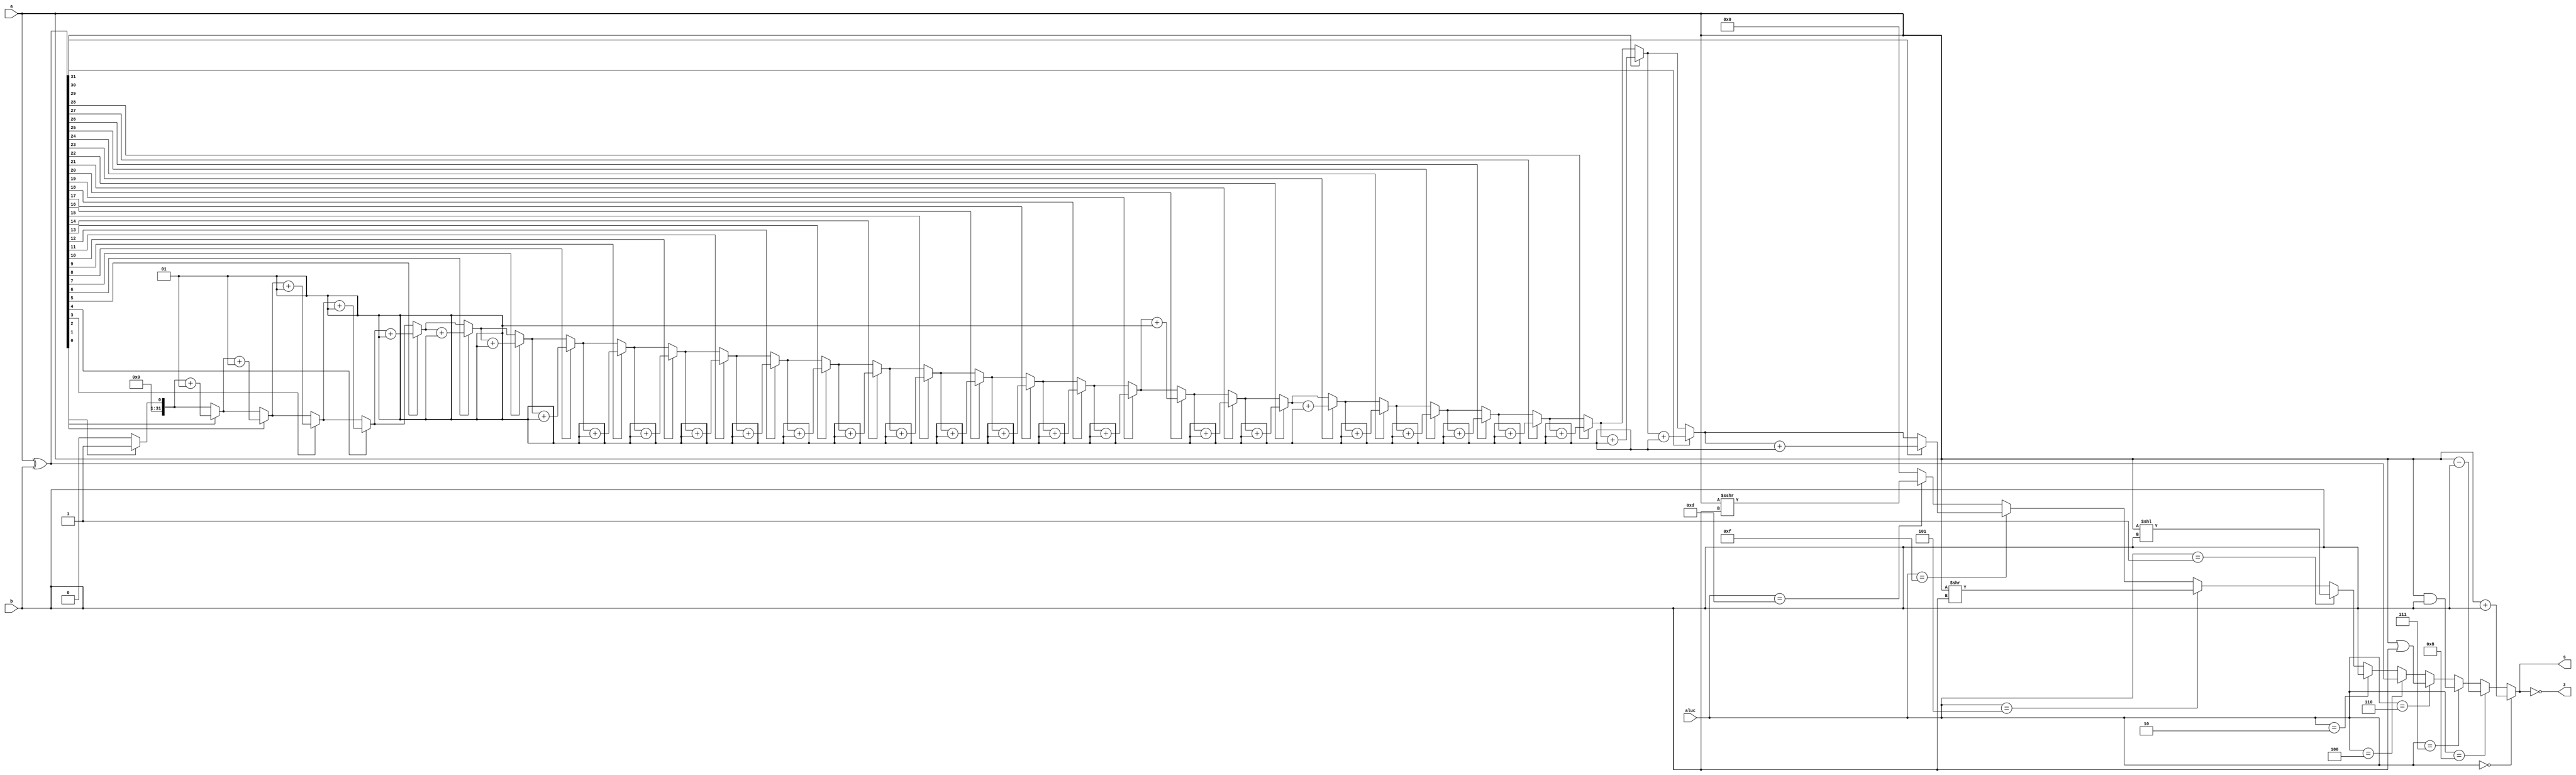
module alu (a,b,aluc,s,z);
   input [31:0] a, b;
   input [3:0] aluc;
   output [31:0] s;
   output        z;
   wire z;
   wire [31:0] s;
   
   assign  s = (aluc == 4'b0000)? a + b: 
               (aluc == 4'b1000)? a - b:
               (aluc == 4'b0111)? a & b:
               (aluc == 4'b0110)? a | b:
               (aluc == 4'b0100)? a ^ b:
               (aluc == 4'b0010)? b    :
               (aluc == 4'b0001)? a << b:
               (aluc == 4'b0101)? a >> b:
               (aluc == 4'b1111) ? count_ones(a ^ b):
               (aluc == 4'b1101)? $signed($signed(a) >>> b):
               0;
  assign z = (s == 0); 
  
   function automatic integer count_ones;
       input [31:0] value;
       integer count, i;
       begin
          count = 0;
          for (i = 0; i < 32; i = i + 1) begin
             if (value[i] == 1) begin
                count = count + 1;
             end
          end
          count_ones = count;
       end
    endfunction
       
endmodule